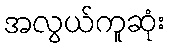
အလွယ်ကူဆုံး